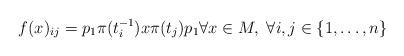
LaTeX: \begin{align*}f(x)_{ij}=p_{1}\pi(t_{i}^{-1})x\pi(t_{j})p_{1} \forall x \in M, \; \forall i,j \in \{1,\ldots,n\}\end{align*}